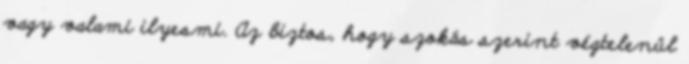
vagy valami ilyesmi. Az biztos, hogy szokás szerint végtelenül